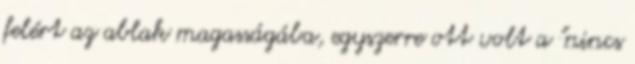
felért az ablak magasságába, egyszerre ott volt a "nincs